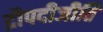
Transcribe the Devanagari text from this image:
द्रौपदीजीति